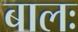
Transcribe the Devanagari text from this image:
बालः